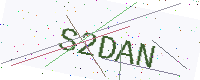
Text: S2DAN